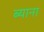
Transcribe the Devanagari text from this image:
ब्याना